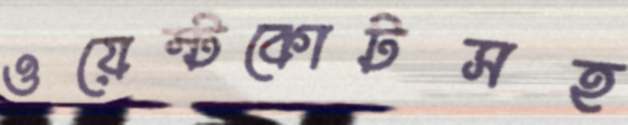
ওয়েস্টকোটসহ